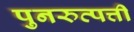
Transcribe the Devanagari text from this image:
पुनरुत्पत्ती